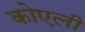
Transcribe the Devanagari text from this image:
कोएली